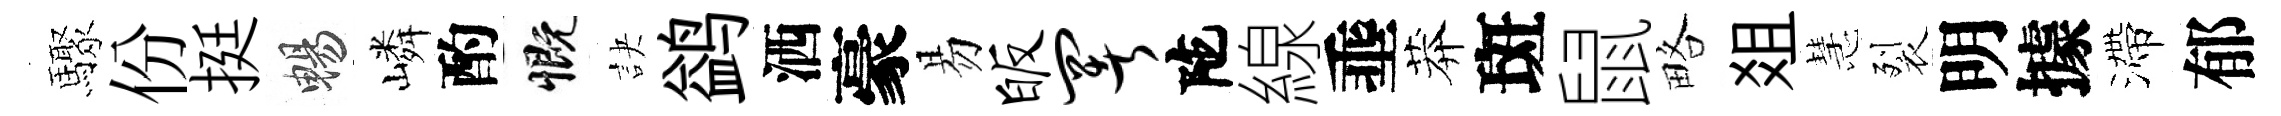
驟份挺暢嶙酌慨訣鹢洒豪易皈署陀線埀莽斑鼠略爼慧裂明據滯郁